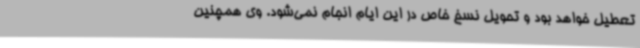
تعطیل خواهد بود و تحویل نسخ خاص در این ایام انجام نمی‌شود. وی همچنین